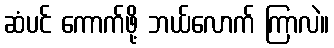
ဆံပင် ကောက်ဖို့ ဘယ်လောက် ကြာလဲ။